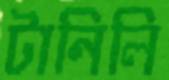
টানিলি